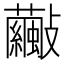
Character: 𣀺